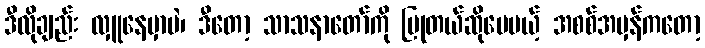
ဒီလိုချည်း လှူနေမှာပဲ၊ ဒီတော့ သာသနာတော်ကို ပြုတယ်ဆိုပေမယ့် အစစ်အမှန်ကတော့